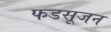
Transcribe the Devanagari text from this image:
फडसूजन